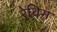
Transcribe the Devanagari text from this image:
रेविग